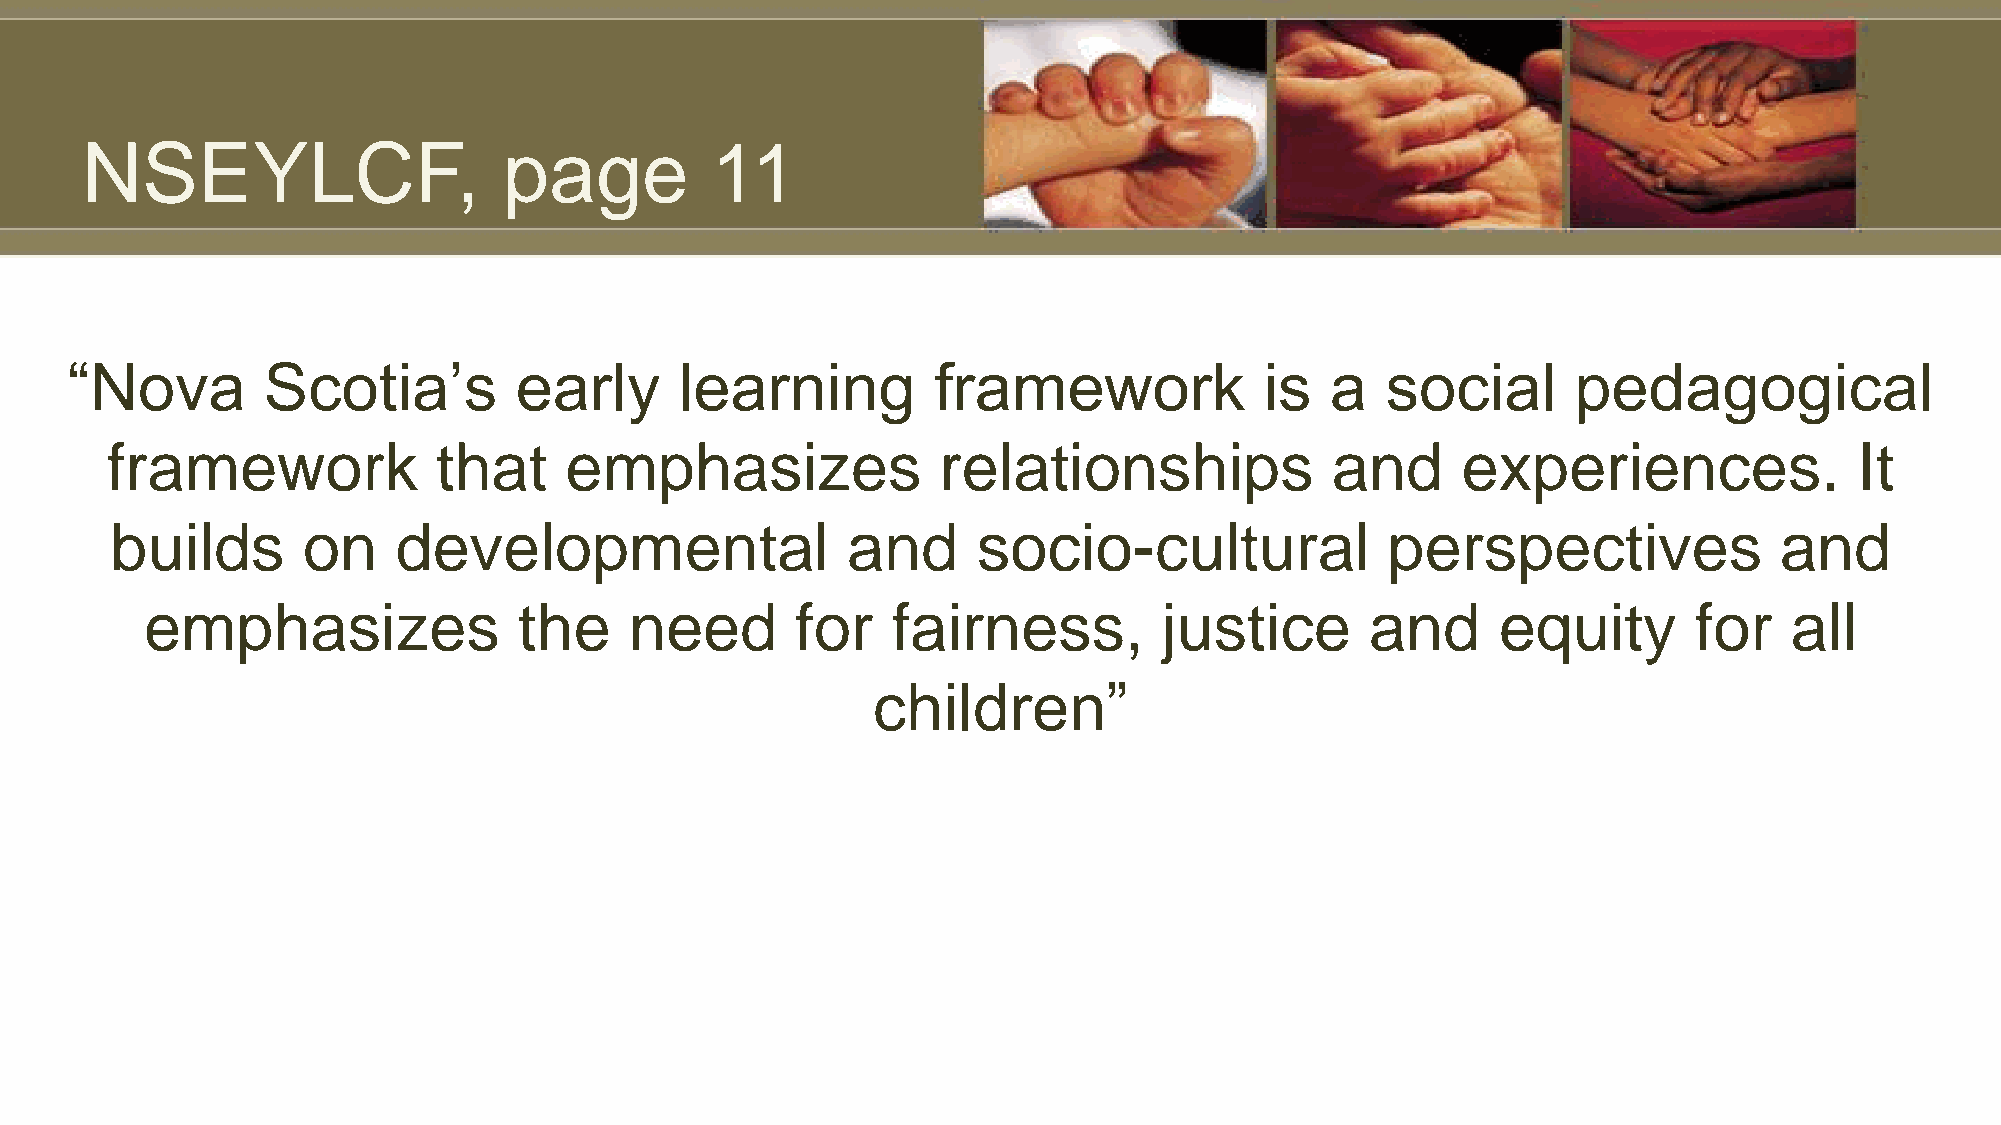
NSEYLCF,                    page          11
 “Nova        Scotia’s         early      learning         framework             is  a   social      pedagogical
 framework             that    emphasizes               relationships             and      experiences.              It
 builds       on    developmental                 and      socio-cultural             perspectives              and
 emphasizes              the     need       for   fairness,         justice       and     equity       for    all
 children”